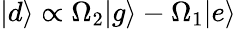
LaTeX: |d\rangle\propto\Omega_{2}|g\rangle-\Omega_{1}|e\rangle